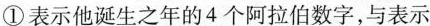
①表示他诞生之年的4个阿拉伯数字，与表示